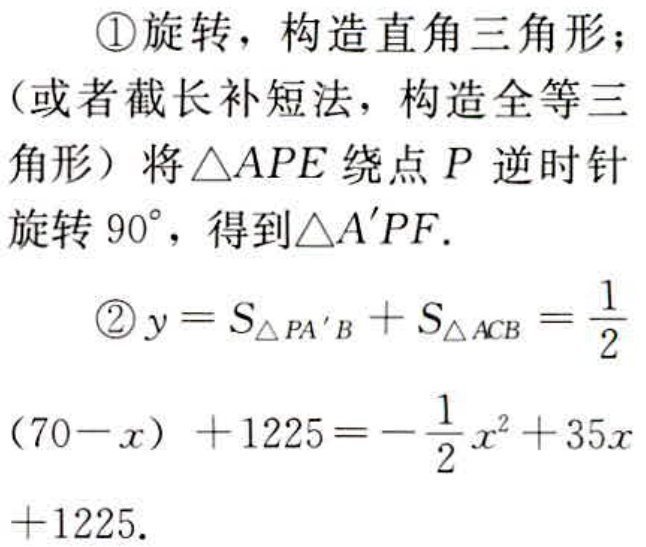
\textcircled{1}旋转，构造直角三角形；
（或者截长补短法，构造全等三
角形）将$\triangle APE$绕点$P$逆时针
旋转$90^{\circ}$，得到$\triangle A'PF$.
\textcircled{2}$y = S_{\triangle PA'B}+S_{\triangle ACB}=\frac{1}{2}$
$(70 - x)+1225=-\frac{1}{2}x^{2}+35x$
$+1225$.